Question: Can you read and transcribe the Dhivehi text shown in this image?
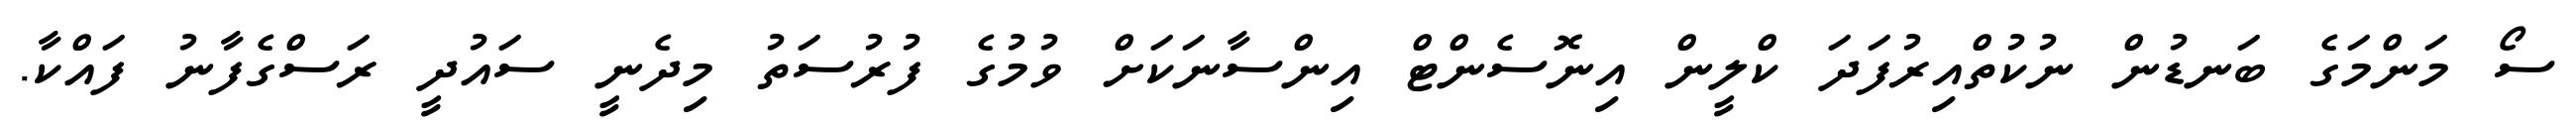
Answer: ސޯ މަންމަގެ ބަނޑުން ނުކުތްއިރުފަދަ ކްލީން އިނޮސެންޓް އިންސާނަކަށް ވުމުގެ ފުރުސަތު މިދެނީ ސައުދީ ރަސްގެފާނު ފައްކާ.